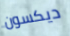
ديكسون